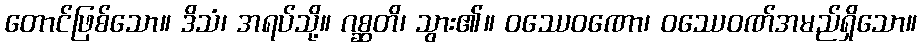
တောင်ဖြစ်သော။ ဒိသံ၊ အရပ်သို့။ ဂစ္ဆတိ၊ သွား၏။ ဝဿေဝဏော၊ ဝဿေဝဏ်အမည်ရှိသော။